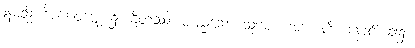
ဣမသ္မိံ ဝိပါကဝဋ္ဋေ၊ ၌။ ဌိတဿ၊ တည်သော သူအား။ အာယတိံ၊ နောင်အခါ၌။